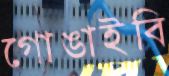
গোঙাইবি